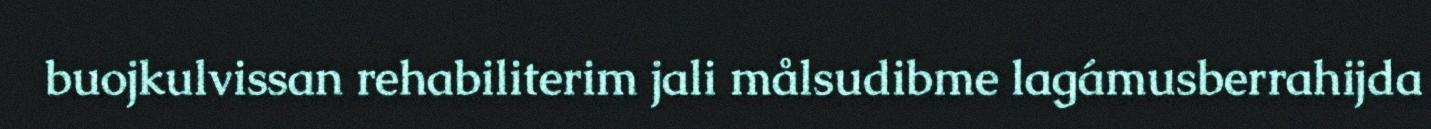
buojkulvissan rehabiliterim jali målsudibme lagámusberrahijda